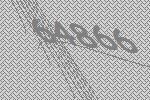
64866